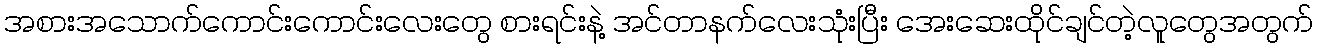
အစားအသောက်ကောင်းကောင်းလေးတွေ စားရင်းနဲ့ အင်တာနက်လေးသုံးပြီး အေးဆေးထိုင်ချင်တဲ့လူတွေအတွက်